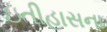
ઇતીહાસના